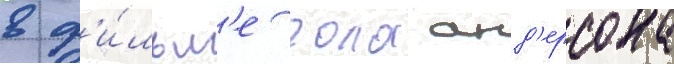
в ф'и́льм'е пола анд'ерсона